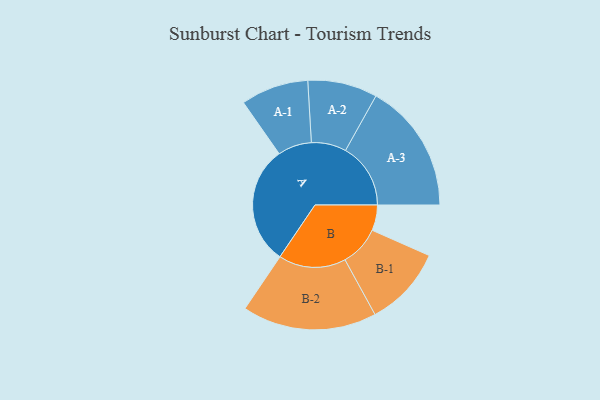
{"axis": {"x": "Segment", "y": "Value"}, "legend": ["", "A", "B"], "data": [{"x": "A", "y": 498, "type": ""}, {"x": "B", "y": 107, "type": ""}, {"x": "A-1", "y": 142, "type": "A"}, {"x": "A-2", "y": 146, "type": "A"}, {"x": "A-3", "y": 273, "type": "A"}, {"x": "B-1", "y": 168, "type": "B"}, {"x": "B-2", "y": 282, "type": "B"}]}